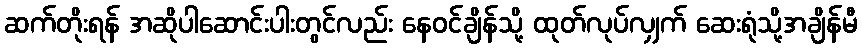
ဆက်တိုးရန် အဆိုပါဆောင်းပါးတွင်လည်း နေဝင်ချိန်သို့ ထုတ်လုပ်လျှက် ဆေးရုံသို့အချိန်မီ